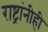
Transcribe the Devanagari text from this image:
राष्ट्रांनीही